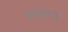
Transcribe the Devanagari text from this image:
रूपवान्